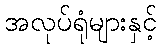
အလုပ်ရုံများနှင့်